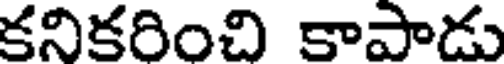
కనికరించి కాపాడు